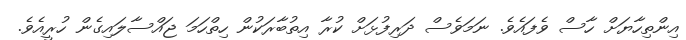
އިންތިހާޔަށް ހާސް ވެފައެވެ. ނަމަވެސް ދަރިފުޅަށް ކުރާ އިތުބާރަކުން ހިތްހަމަ ޖައްސާލައިގެން ހުރީއެވެ.